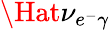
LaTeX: \Hat{\nu_{e^{-}\gamma}}